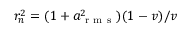
r _ { n } ^ { 2 } = ( 1 + a _ { \mathrm { ~ r ~ m ~ s ~ } } ^ { 2 } ) ( 1 - v ) / v